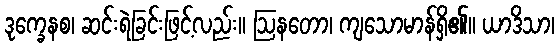
ဒုက္ခေနစ၊ ဆင်းရဲခြင်းဖြင့်လည်း။ ဩနတော၊ ကျသောမာန်ရှိ၏။ ယာဒိသာ၊